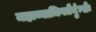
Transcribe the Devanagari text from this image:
महाव्याधिगतैर्दुःखैः